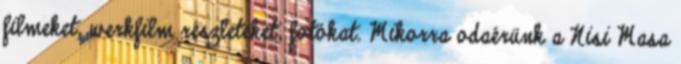
filmeket, werkfilm részleteket, fotókat. Mikorra odaérünk a Nisi Masa